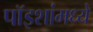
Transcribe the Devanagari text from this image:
पॉइशांमध्ये